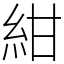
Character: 紺